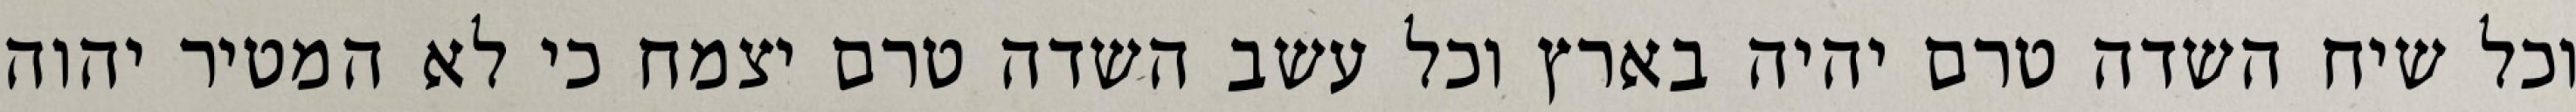
וכל שיח השדה טרם יהיה בארץ וכל עשב השדה טרם יצמח כי לא המטיר יהוה